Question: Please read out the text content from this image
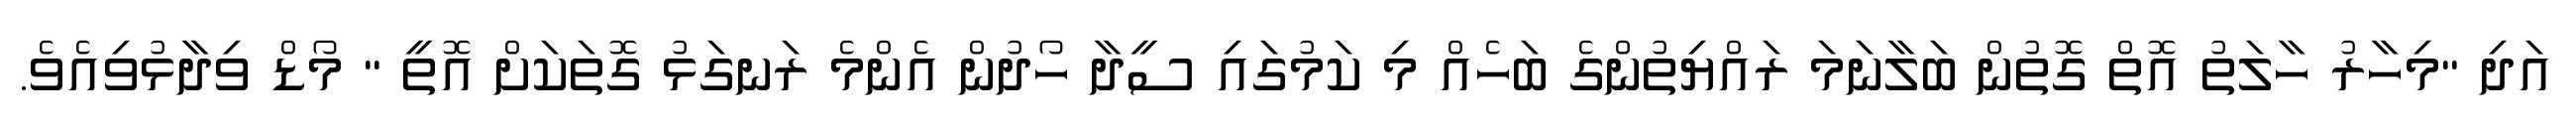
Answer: އަދި "މިހާރު ހާލަތު އޮތް ގޮތުން ބަލާނަމަ ރައްޔިތުންގެ ބަހެއް މި ކަމުގައި ސީދާ ހޯދުން އެންމެ ރަނގަޅު ގޮތަކަށް އޮތީ " މޯޑް ވިދާޅުވިއެވެ.